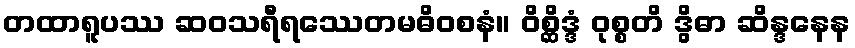
တထာရူပဿ ဆဝသရီရဿေတမဓိဝစနံ။ ဝိစ္ဆိဒ္ဒံ ဝုစ္စတိ ဒွိဓာ ဆိန္ဒနေန